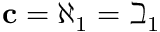
\mathbf { c } = \aleph _ { 1 } = \beth _ { 1 }